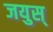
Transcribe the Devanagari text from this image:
जयुस्